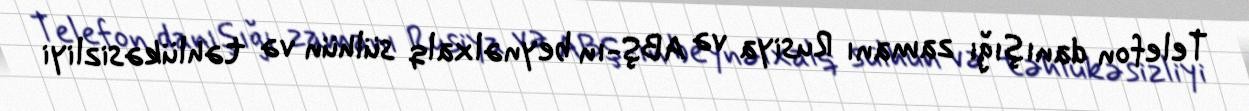
Telefon danışığı zamanı Rusiya və ABŞ-ın beynəlxalq sülhün və təhlükəsizliyi